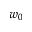
w _ { 0 }